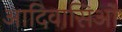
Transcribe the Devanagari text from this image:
आदिवासिओं